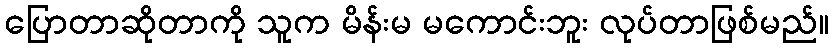
ပြောတာဆိုတာကို သူက မိန်းမ မကောင်းဘူး လုပ်တာဖြစ်မည်။